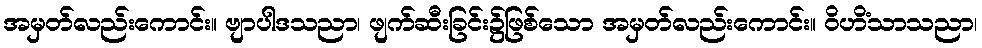
အမှတ်လည်းကောင်း။ ဗျာပါဒသညာ၊ ဖျက်ဆီးခြင်း၌ဖြစ်သော အမှတ်လည်းကောင်း။ ဝိဟိံသာသညာ၊